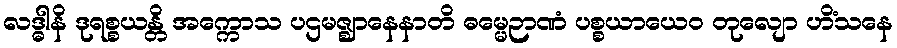
လဒ္ဓါနိ ဒုရစ္စယန္တိ အက္ကောသ ပဌမဇ္ဈာနေနာတိ ဓမ္မေဉာဏံ ပစ္စယာယေဝ တုလျော ဟိံသနေ